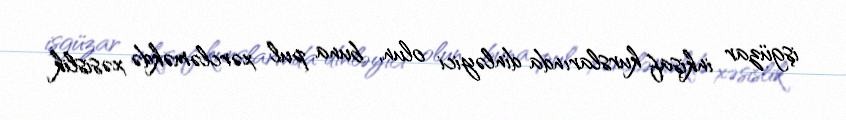
işgüzar inkişaf kurslarında dinləyici olun, buna pul xərcləməkdə xəsislik